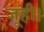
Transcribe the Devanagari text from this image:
जूही।